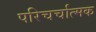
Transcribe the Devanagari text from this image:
परिचर्चात्मक